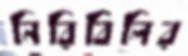
নিরিবিলির